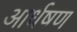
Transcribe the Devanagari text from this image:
आर्धषण